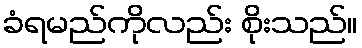
ခံရမည်ကိုလည်း စိုးသည်။